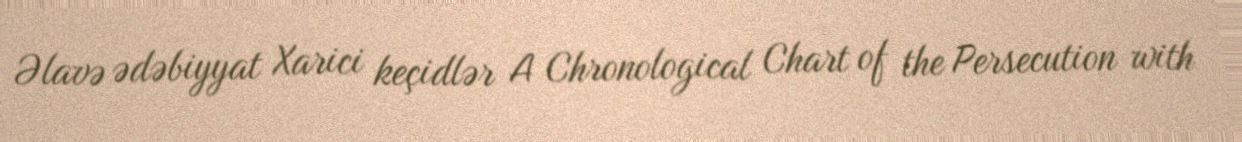
Əlavə ədəbiyyat Xarici keçidlər A Chronological Chart of the Persecution with